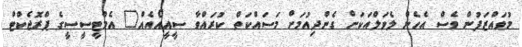
މުވައްޒަފުން ވެސް އެހެން ލެވަލްއަކަށް ގެންދިއުމަށް މަސައްކަތް ކުރައްވާ ސީއީއޯއެއް" އެމްޓީސީސީގެ ޕްރޮޖެކްޓް